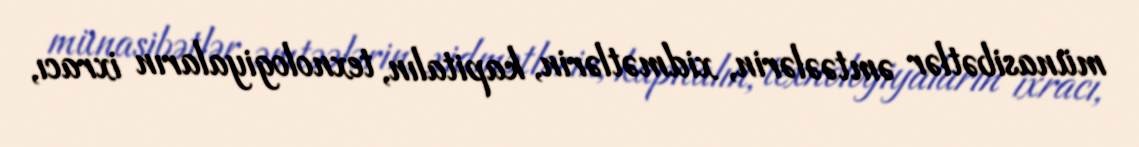
münasibətlər əmtəələrin, xidmətlərin, kapitalın, texnologiyaların ixracı,